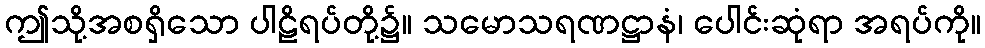
ဤသို့အစရှိသော ပါဠိရပ်တို့၌။ သမောသရဏဋ္ဌာနံ၊ ပေါင်းဆုံရာ အရပ်ကို။